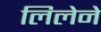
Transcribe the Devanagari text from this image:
लिलेने